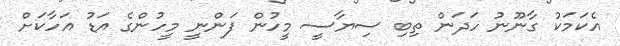
އެކަމަކު ގާނޫނު ހަދަން ތިބި ސިޔާސީ މީހުން ފަންނީ މީހުންގެ އަޑު އަހާކަށް